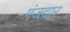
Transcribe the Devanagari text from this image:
गंजदार